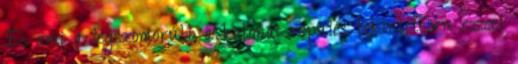
És ami a legszomorúbb a katonai repülés tekintetében ezzel